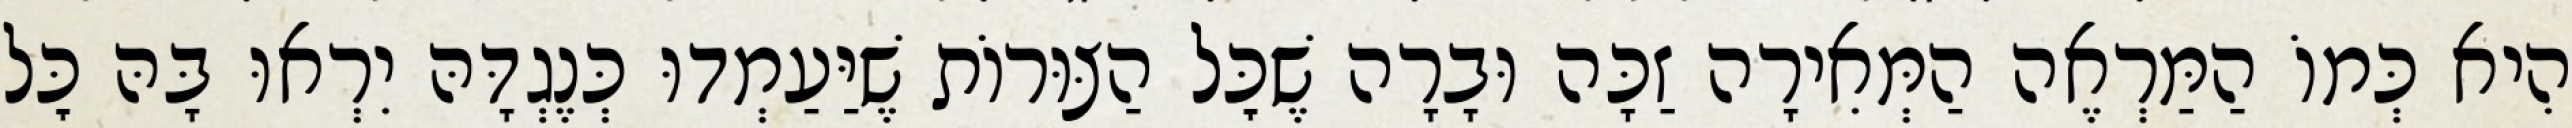
הִיא כְּמוֹ הַמַּרְאֶה הַמְּאִירָה זַכָּה וּבָרָה שֶׁכׇּל הַצּוּרוֹת שֶׁיַּעַמְדוּ כְּנֶגְדָּהּ יִרְאוּ בָּהּ כׇּל